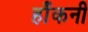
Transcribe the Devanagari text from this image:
हाँकनी